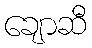
ချောဆီ